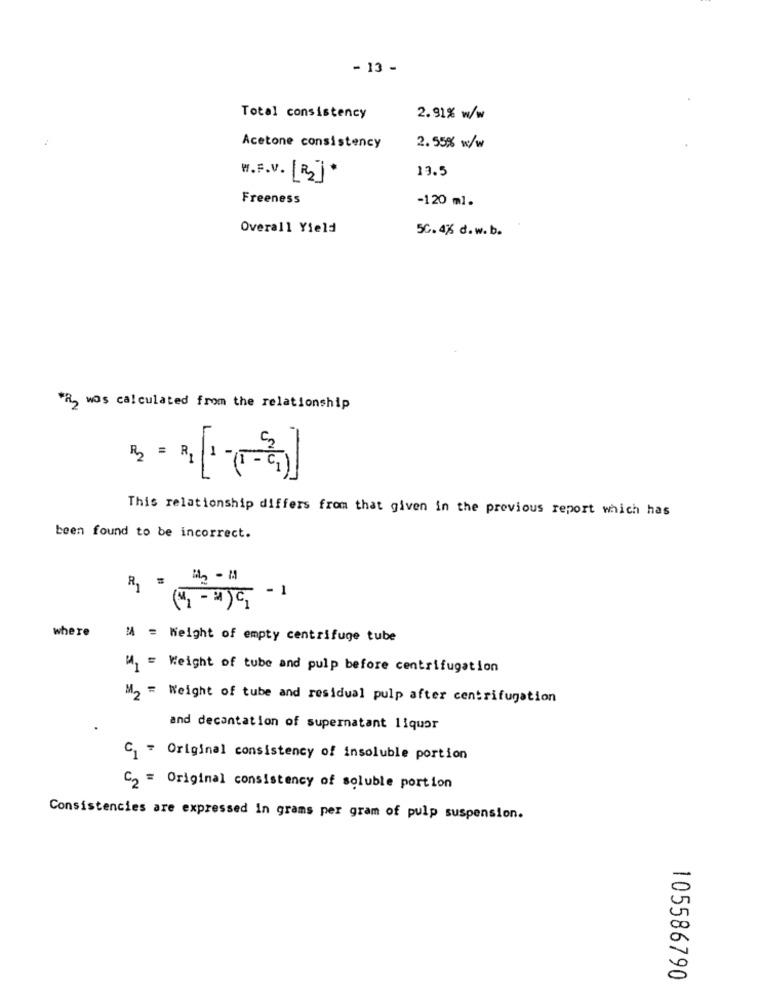
- 13 -
Total consistency
2.91% w/w
Acetone consistency
2.55% w/w
13.5
M.F.V. [2].
Freeness
-120 ml.
Overall Yield
50. 4% d. w. b.
*R, was calculated from the relationship
3 = 3
This relationship differs from that given in the previous report which has
been found to be incorrect.
1- 5(1-1)
R =
where
M = Weight of empty centrifuge tube
M1 = Weight of tube and pulp before centrifugation
M2 = Weight of tube and residual pulp after centrifugation
and decantation of supernatant liquor
C1 = Original consistency of insoluble portion
C2 = Original consistency of soluble portion
Consistencies are expressed in grams per gram of pulp suspension.
105586790